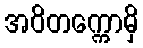
အဝိတက္ကောမှိ